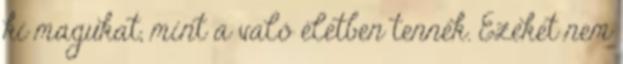
ki magukat, mint a való életben tennék. Ezeket nem